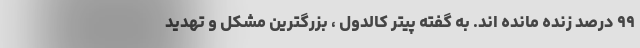
۹۹ درصد زنده مانده اند. به گفته‌ پیتر کالدوِل ، بزرگترین مشکل و تهدید